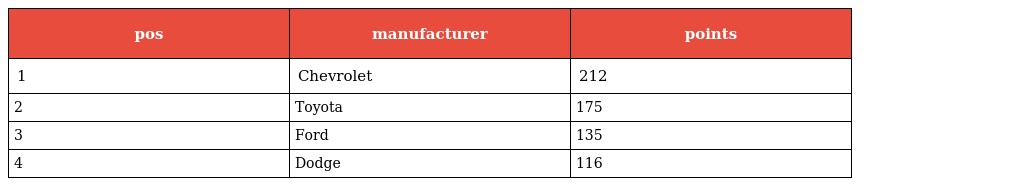
| pos | manufacturer | points |
 | --- | --- | --- |
 | 1 | Chevrolet | 212 |
 | 2 | Toyota | 175 |
 | 3 | Ford | 135 |
 | 4 | Dodge | 116 |